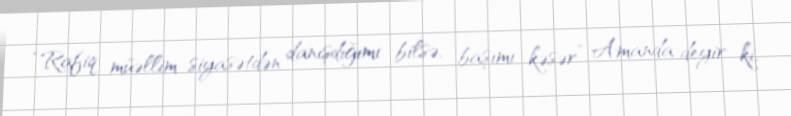
“Rafiq müəllim siyasətdən danışdığımı bilsə, başımı kəsər” Amanda deyir ki,